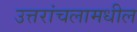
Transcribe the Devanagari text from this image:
उत्तरांचलामधील